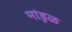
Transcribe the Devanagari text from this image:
मांडूळ